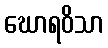
ဃောရဝိသာ